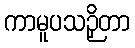
ကာမူပသဉှိတာ